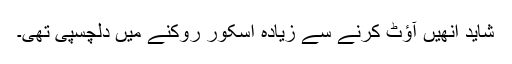
شاید اُنھیں آؤٹ کرنے سے زیادہ اسکور روکنے میں دلچسپی تھی۔